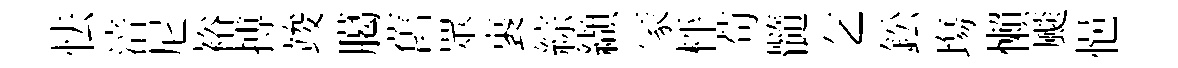
怯涪尼裕搏竣臈舊眾裹綜纈冡枰苟髓乞鈆塲懶颷悒